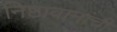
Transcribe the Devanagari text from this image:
निष्ठावानांची